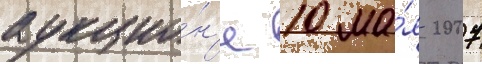
аукцио́н'е 10 ма́я 2007